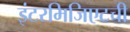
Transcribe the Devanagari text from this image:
इंटरमिजिएटची